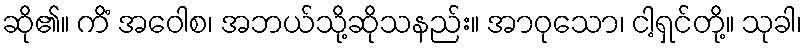
ဆို၏။ ကိံ အဝေါစ၊ အဘယ်သို့ဆိုသနည်း။ အာဝုသော၊ ငါ့ရှင်တို့။ သုခါ၊